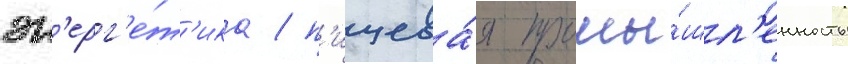
эн'ерг'е́т'ика / п'ищева́я промы́шл'енность